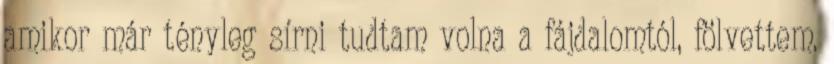
amikor már tényleg sírni tudtam volna a fájdalomtól, fölvettem.